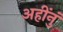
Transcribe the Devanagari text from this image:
अहींनुं